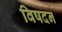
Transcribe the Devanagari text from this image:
विषदन